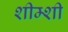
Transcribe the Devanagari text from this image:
शीम्शी